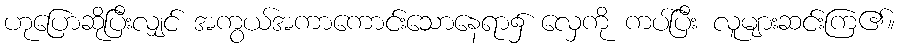
ဟုပြောဆိုပြီးလျှင် အကွယ်အကာကောင်းသောနေရာ၌ လှေကို ကပ်ပြီး လူများဆင်းကြ၏။